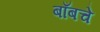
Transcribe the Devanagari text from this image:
बाँबचे